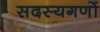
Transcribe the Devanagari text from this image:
सदस्यगणों